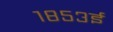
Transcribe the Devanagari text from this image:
१८५३ई